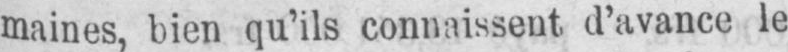
maines, bien qu’ils connaissent, d’avance le